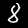
Digit: 8